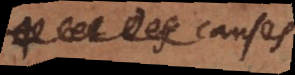
des choses.